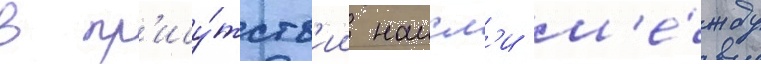
в пр'ису́тств'ии наисл'и м'е́жду